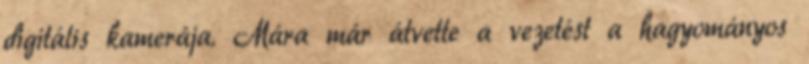
digitális kamerája. Mára már átvette a vezetést a hagyományos